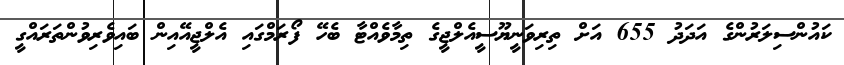
ކައުންސިލަރުންގެ އަދަދު 655 އަށް ތިރިވަނީޔޫސީއެލްޖީގެ ތިމާވެއްޓާ ބެހޭ ފޯރަމްގައި އެލްޖީއޭއިން ބައިވެރިވުންތަރައްގީ